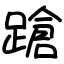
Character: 蹌